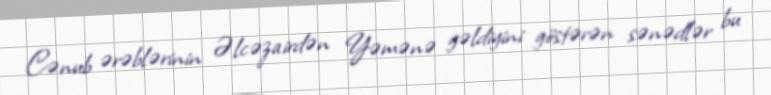
Cənub ərəblərinin Əlcəzairdən Yəmənə gəldiyini göstərən sənədlər bu